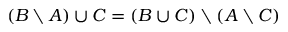
( B \setminus A ) \cup C = ( B \cup C ) \setminus ( A \setminus C )